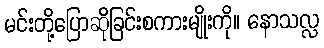
မင်းတို့ပြောဆိုခြင်းစကားမျိုးကို။ နောသလ္လ